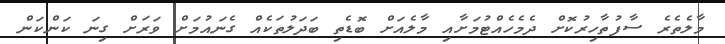
މާލެތެރެ ސާފުތާހިރުކޮށް ދެމެހެއްޓުމަށާއި މާލެއަށް ބޮޑެތި ބަދަލުތަކެއް ގެނައުމަށް ވަރަށް ގިނަ ކަންކަން